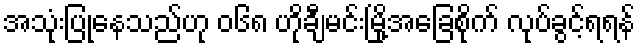
အသုံးပြုနေသည်ဟု ၀၆၈ ဟိုချီမင်းမြို့အခြေစိုက် လုပ်ခွင့်ရရန်